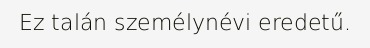
Ez talán személynévi eredetű.